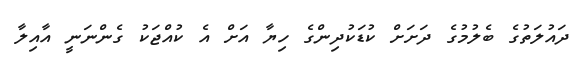
ދައުލަތުގެ ބެލުމުގެ ދަށަށް ކުޑަކުދިންގެ ހިޔާ އަށް އެ ކުއްޖަކު ގެންނަނީ އާއިލާ